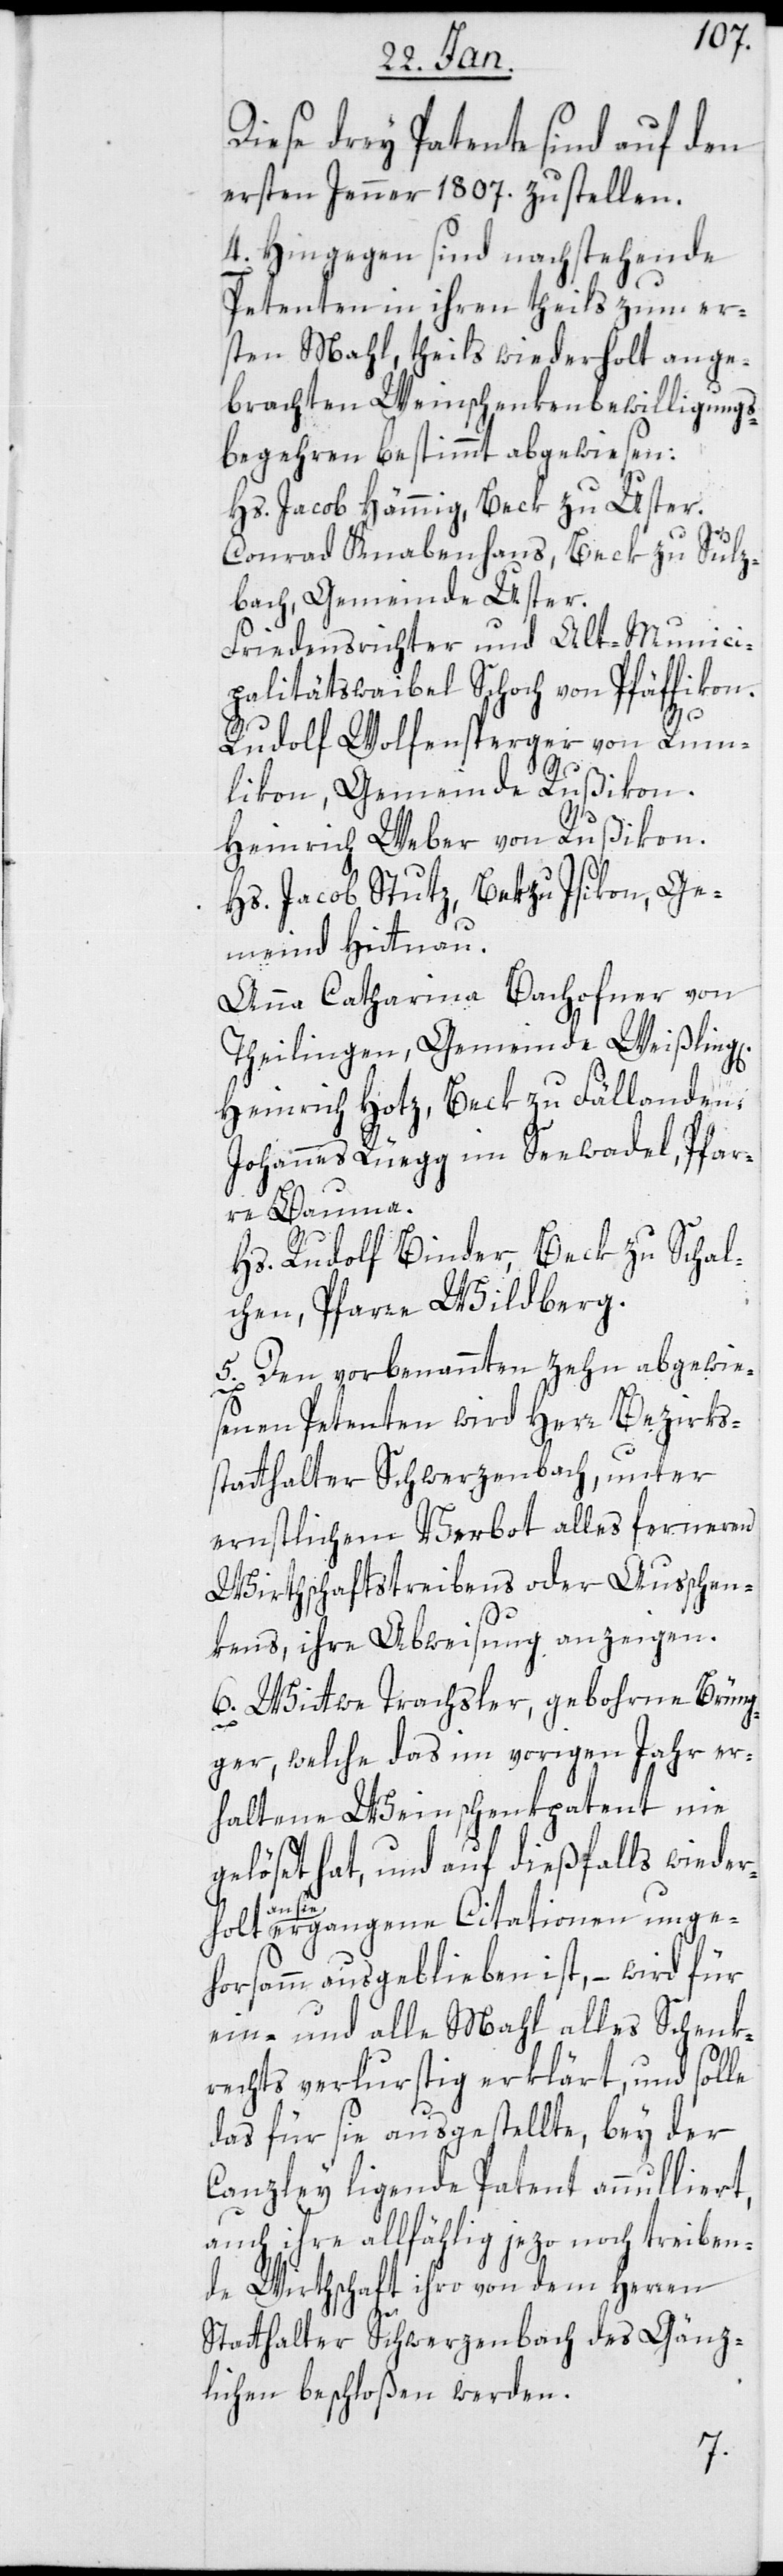
Diese drey Patente sind auf den
ersten Jenner 1807. zu stellen.
4. Hingegen sind nachstehende
Petenten in ihren, theils zum er¬
sten Mal, theils wiederholt ange¬
brachten Weinschenkenbewilligungs¬
begehren bestimmt abgewiesen:
Hs. Jacob Hämmig, Beck zu Uster.
Conrad Knabenhans, Beck zu Sulz¬
bach, Gemeinde Uster
Friedensrichter und Alt-Munici¬
palitätsweibel Schoch von Pfäffikon.
Rudolf Wolfensperger von Rum¬
likon, Gemeinde Rußikon.
Heinrich Weber von Rußikon.
Hs. Jacob Stutz, Bek zu Isikon, Ge¬
meinde Hittnau.
Anna Catharina Bachofner von
Theilingen, Gemeinde Weißlinge¬
Heinrich Hotz, Beck zu Fällanden.
Johannes Rüegg im Seewadel, Pfar¬
re Bauma.
Hs. Rudolf Binder, Beck zu Schal¬
chen, Pfarre Wildberg.
5. Den vorbenannten zehn abgewie¬
senen Petenten wird Herr Bezirks¬
statthalter Schwerzenbach, unter
ernstlichem Verbot alles ferneren
Wirthschaftstreibens oder Ausschen¬
kens, ihre Abweisung anzeigen.
6. Wittwe Trachsler, geborne Brüng¬
n.
ger, welche das im vorigen Jahr er¬
haltene Weinschenkpatent nie
gelöset hat und auf dießfalls wieder¬
holt an
sie gegangene Citationen unge¬
horsamm ausgeblieben ist, – wird für
ein- und alle Mahl alles Schenk¬
rechts verlustig erklärt, und solle
das für sie ausgestellte, bey der
Canzley liegende Patent annulliert,
auch ihre allfählig jetzo noch treiben¬
de Wirtschaft ihro von dem Herren
Statthalter Schwerzenbach des Gänz¬
lichen beschloßen werden.